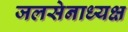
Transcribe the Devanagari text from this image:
जलसेनाध्यक्ष